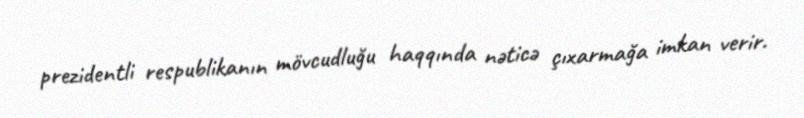
prezidentli respublikanın mövcudluğu haqqında nəticə çıxarmağa imkan verir.